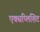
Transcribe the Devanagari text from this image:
एक्सप्लिशिट